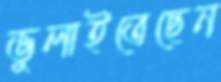
ভুলাইতেছেন